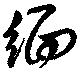
緬